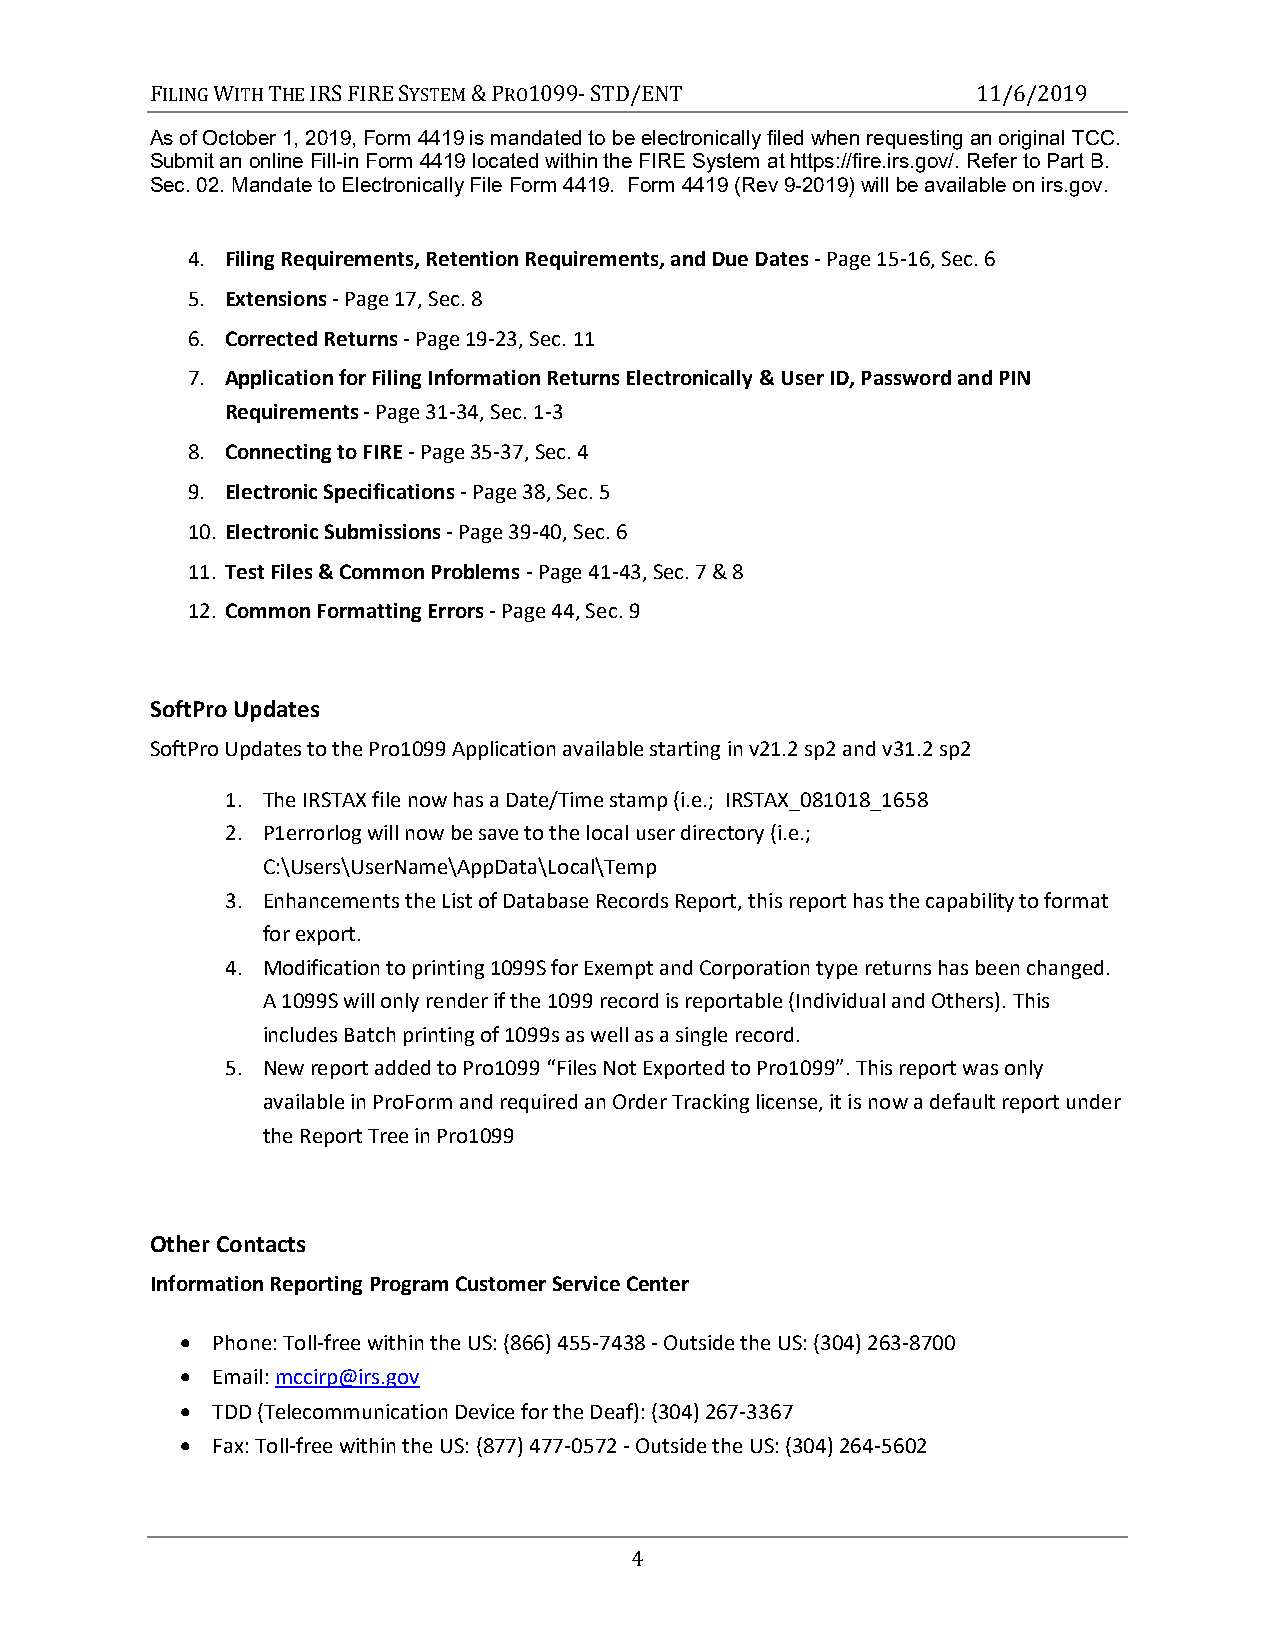
FILING WITH THE IRS FIRE SYSTEM & PRO1099- STD/ENT     11/6/2019
 As of October 1, 2019, Form 4419 is mandated to be electronically filed when requesting an original TCC.
 Submit an online Fill-in Form 4419 located within the FIRE System at https://fire.irs.gov/. Refer to Part B.
 Sec. 02. Mandate to Electronically File Form 4419. Form 4419 (Rev 9-2019) will be available on irs.gov.
 4. Filing Requirements, Retention Requirements, and Due Dates - Page 15-16, Sec. 6
 5. Extensions - Page 17, Sec. 8
 6. Corrected Returns - Page 19-23, Sec. 11
 7. Application for Filing Information Returns Electronically & User ID, Password and PIN
 Requirements - Page 31-34, Sec. 1-3
 8. Connecting to FIRE - Page 35-37, Sec. 4
 9. Electronic Specifications - Page 38, Sec. 5
 10. Electronic Submissions - Page 39-40, Sec. 6
 11. Test Files & Common Problems - Page 41-43, Sec. 7 & 8
 12. Common Formatting Errors - Page 44, Sec. 9
 SoftPro Updates
 SoftPro Updates to the Pro1099 Application available starting in v21.2 sp2 and v31.2 sp2
 1. The IRSTAX file now has a Date/Time stamp (i.e.; IRSTAX_081018_1658
 2. P1errorlog will now be save to the local user directory (i.e.;
 C:\Users\UserName\AppData\Local\Temp
 3. Enhancements the List of Database Records Report, this report has the capability to format
 for export.
 4. Modification to printing 1099S for Exempt and Corporation type returns has been changed.
 A 1099S will only render if the 1099 record is reportable (Individual and Others). This
 includes Batch printing of 1099s as well as a single record.
 5. New report added to Pro1099 “Files Not Exported to Pro1099”. This report was only
 available in ProForm and required an Order Tracking license, it is now a default report under
 the Report Tree in Pro1099
 Other Contacts
 Information Reporting Program Customer Service Center
  Phone: Toll-free within the US: (866) 455-7438 - Outside the US: (304) 263-8700
  Email: mccirp@irs.gov
  TDD (Telecommunication Device for the Deaf): (304) 267-3367
  Fax: Toll-free within the US: (877) 477-0572 - Outside the US: (304) 264-5602
 4